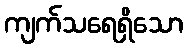
ကျက်သရေရှိသော